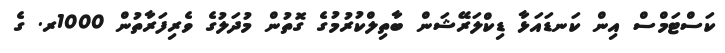
ކަސްޓަމްސް އިން ކަނޑައަޅާ ޑިކްލަރޭޝަން ބާތިލްކުރުމުގެ ގޮތުން މުދަލުގެ ވެރިފަރާތުން 1000ރ. ގެ